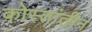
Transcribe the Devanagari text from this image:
कोस्तांतीन